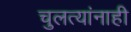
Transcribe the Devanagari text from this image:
चुलत्यांनाही